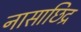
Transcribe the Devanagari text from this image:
नासाछिद्र